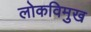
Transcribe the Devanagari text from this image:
लोकविमुख